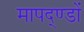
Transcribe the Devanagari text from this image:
मापद्ण्डों